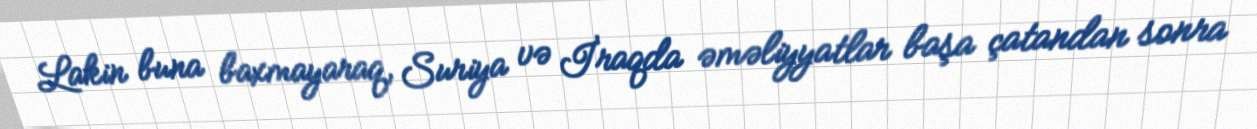
Lakin buna baxmayaraq, Suriya və İraqda əməliyyatlar başa çatandan sonra